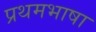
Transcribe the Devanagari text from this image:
प्रथमभाषा